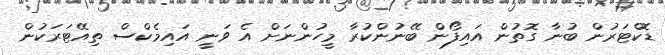
ޑޮކްޓަރުން ބުނާ ގޮތުން އައިފޯން ބޭނުންކުރާ މީހުންނަށް އެ ވަނީ އައިމެކްސް ތިއޭޓަރަކުން